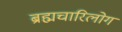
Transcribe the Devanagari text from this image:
ब्रह्मचारिलोग